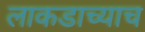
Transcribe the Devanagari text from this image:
लाकडाच्याच